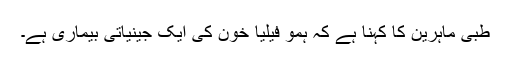
طبی ماہرین کا کہنا ہے کہ ہمو فیلیا خون کی ایک جینیاتی بیماری ہے۔